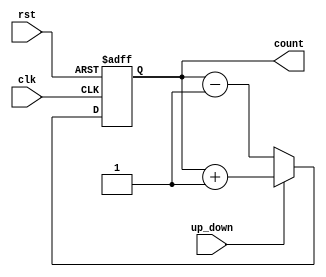
module up_down_counter (
    input wire clk,           // Clock input
    input wire rst,           // Asynchronous reset
    input wire up_down,       // Control signal for counting direction
    output reg [3:0] count    // 4-bit counter output
);

    // Asynchronous reset and counting logic
    always @(posedge clk or posedge rst) begin
        if (rst) begin
            count <= 4'b0000; // Reset count to 0
        end else begin
            if (up_down) begin
                // Count Up
                count <= count + 1;
            end else begin
                // Count Down
                count <= count - 1;
            end
        end
    end

endmodule